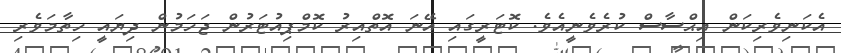
އެކަނިވެރިކަން އިޙްސާސް ކުރެވެނީއެވެ. ކޮޓަރީގައި އޭނަ އޮތްއިރު ކޮމްޕިއުޓަރުން ޖަހަމުން ދިޔައީ ހިތާމަވެރި